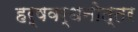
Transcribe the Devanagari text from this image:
हर्षवर्धनोत्तर